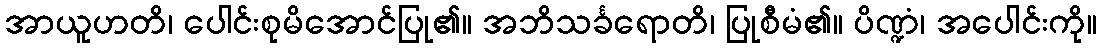
အာယူဟတိ၊ ပေါင်းစုမိအောင်ပြု၏။ အဘိသင်္ခရောတိ၊ ပြုစီမံ၏။ ပိဏ္ဍံ၊ အပေါင်းကို။